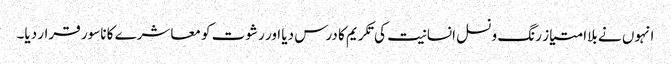
انہوں نے بلاامتیاز رنگ و نسل انسانیت کی تکریم کا درس دیا اور رشوت کو معاشرے کا ناسور قرار دیا۔